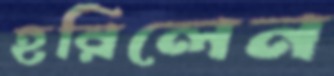
হরিলেন